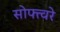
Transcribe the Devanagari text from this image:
सोफ्त्वरे